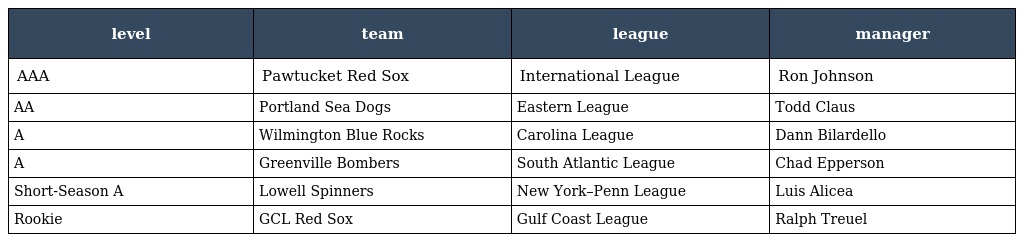
| level | team | league | manager |
 | --- | --- | --- | --- |
 | AAA | Pawtucket Red Sox | International League | Ron Johnson |
 | AA | Portland Sea Dogs | Eastern League | Todd Claus |
 | A | Wilmington Blue Rocks | Carolina League | Dann Bilardello |
 | A | Greenville Bombers | South Atlantic League | Chad Epperson |
 | Short-Season A | Lowell Spinners | New York–Penn League | Luis Alicea |
 | Rookie | GCL Red Sox | Gulf Coast League | Ralph Treuel |